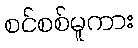
စင်စစ်မူကား